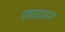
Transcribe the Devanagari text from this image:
लाडजन